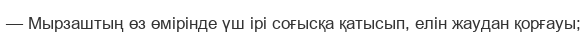
— Мырзаштың өз өмірінде үш ірі соғысқа қатысып, елін жаудан қорғауы;